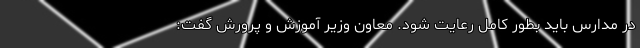
در مدارس باید بطور کامل رعایت ‌شود. معاون وزیر آموزش و پرورش گفت: